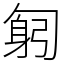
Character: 匑